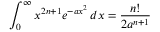
\int _ { 0 } ^ { \infty } x ^ { 2 n + 1 } e ^ { - a x ^ { 2 } } \, d x = { \frac { n ! } { 2 a ^ { n + 1 } } }